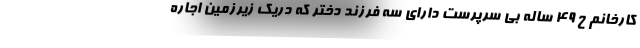
کارخانم ح ۴۹ ساله بی سرپرست دارای سه فرزند دختر که دریک زیرزمین اجاره